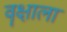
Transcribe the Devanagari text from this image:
वॄक्षाला